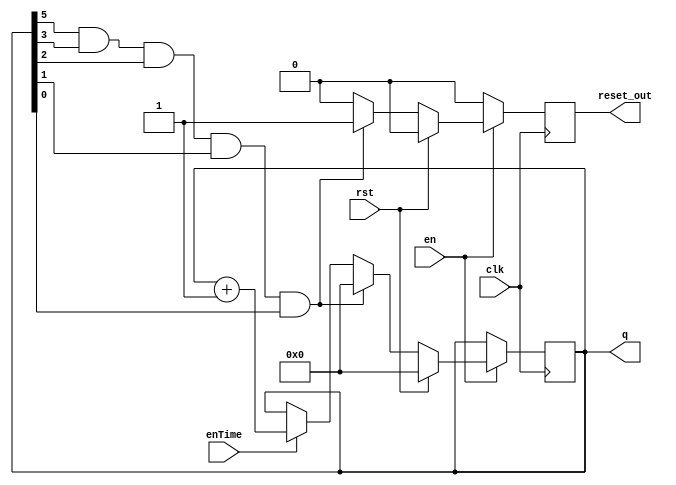
module noteCounter(
	input clk,
	input rst,
	input enTime,
	input en,
	output reg reset_out,
	output reg [5:0] q
);

	initial q = 6'b0;
	initial reset_out = 0;
	
	always @(posedge clk) begin
		reset_out <= 0;
		if(en) begin
			if(rst)
				q <= 0;
			else if (q[5] & q[3] & q[2] & q[1] & q[0]) begin
				q <= 0;
				reset_out <= 1;
			end
			else if (enTime)
				q <= q + 1;
		end
	end
	
endmodule